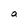
Character: a